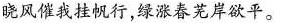
晓风催我挂帆行，绿涨春芜岸欲平。